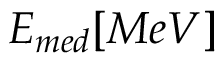
E _ { m e d } [ M e V ]